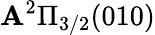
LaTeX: \mathbf{A}^{2}\Pi_{3/2}(010)